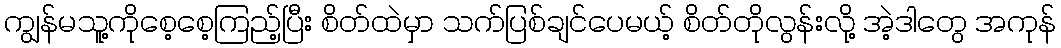
ကျွန်မသူ့ကိုစေ့စေ့ကြည့်ပြီး စိတ်ထဲမှာ သက်ပြစ်ချင်ပေမယ့် စိတ်တိုလွန်းလို့ အဲ့ဒါတွေ အကုန်